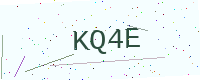
Text: KQ4E